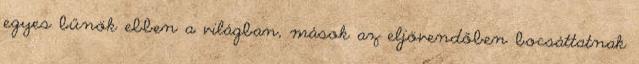
egyes bűnök ebben a világban, mások az eljövendőben bocsáttatnak